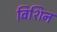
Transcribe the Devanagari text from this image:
विशिन